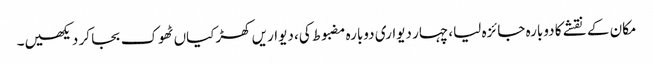
مکان کے نقشے کا دوبارہ جائزہ لیا، چہار دیواری دوبارہ مضبوط کی، دیواریں کھڑکیاں ٹھوک بجا کر دیکھیں۔